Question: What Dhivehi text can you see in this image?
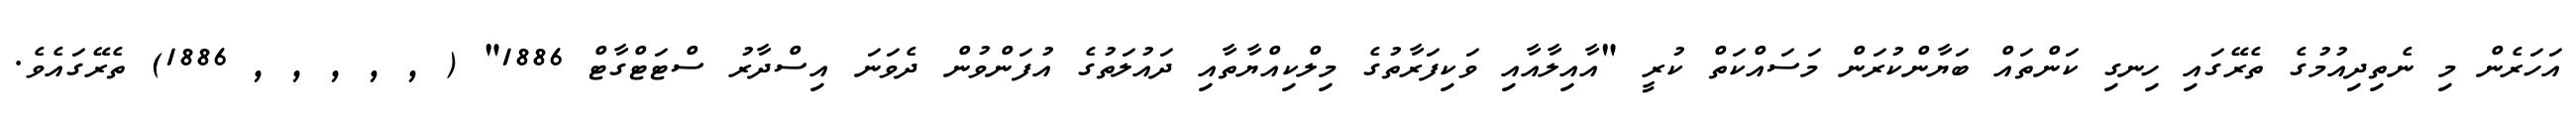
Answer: އަހަރެން މި ނެތިދިއުމުގެ ތެރޭގައި ހިނގި ކަންތައް ބަޔާންކުރަން މަސައްކަތް ކުރީ "އާއިލާއާއި ވަކިފަރާތުގެ މިލްކިއްޔާތާއި ދައުލަތުގެ އުފަންވުން ދެވަނަ އިސްދާރު ސްޓަޓްގާޓް 1886" ( , , , , , 1886) ތެރޭގައެވެ.